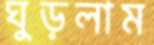
ঘুড়লাম